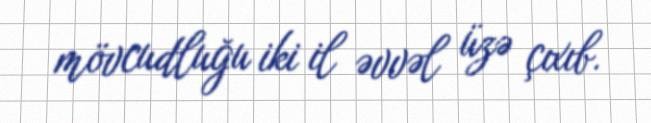
mövcudluğu iki il əvvəl üzə çıxıb.